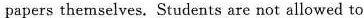
papers themselves. Students are not allowed to